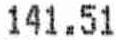
141.51